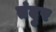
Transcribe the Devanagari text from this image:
तंदुर